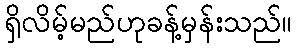
ရှိလိမ့်မည်ဟုခန့်မှန်းသည်။